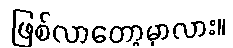
ဖြစ်လာတော့မှာလား။